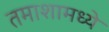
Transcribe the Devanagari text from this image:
तमाशामध्ये